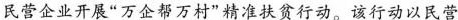
民营企业开展”万企帮万村”精准扶贫行动。该行动以民营